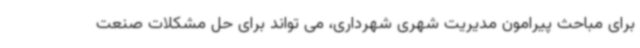
برای مباحث پیرامون مدیریت شهری شهرداری، می تواند برای حل مشکلات صنعت